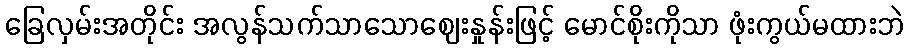
ခြေလှမ်းအတိုင်း အလွန်သက်သာသောဈေးနှုန်းဖြင့် မောင်စိုးကိုသာ ဖုံးကွယ်မထားဘဲ